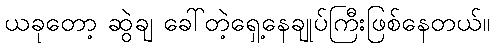
ယခုတော့ ဆွဲချ ခေါ်တဲ့ရှေ့နေချုပ်ကြီးဖြစ်နေတယ်။